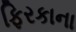
ફિરકાના